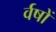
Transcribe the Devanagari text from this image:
र्वषों